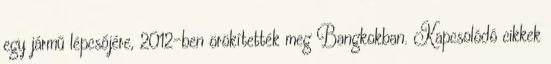
egy jármű lépcsőjére, 2012-ben örökítették meg Bangkokban. Kapcsolódó cikkek